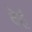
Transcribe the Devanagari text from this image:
देर्रा